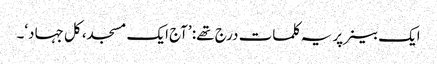
ایک بینر پر یہ کلمات درج تھے: ’آج ایک مسجد، کل جہاد‘۔